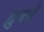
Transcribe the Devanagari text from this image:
ह्युबचे